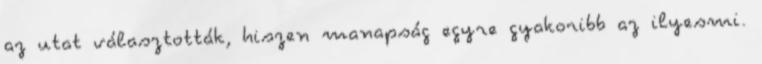
az utat választották, hiszen manapság egyre gyakoribb az ilyesmi.